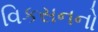
વિકસનનો